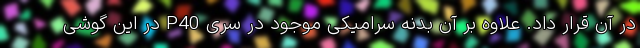
در آن قرار داد. علاوه بر آن بدنه سرامیکی موجود در سری P40 در این گوشی